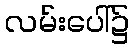
လမ်းပေါ်၌